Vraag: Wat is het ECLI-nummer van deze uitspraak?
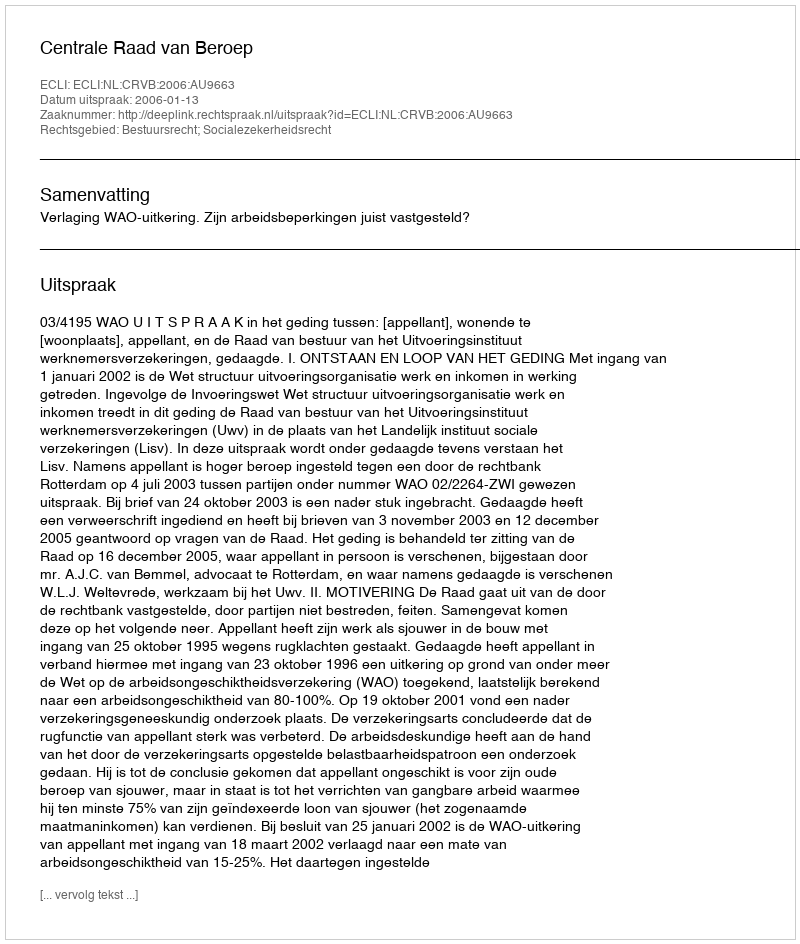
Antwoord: ECLI:NL:CRVB:2006:AU9663